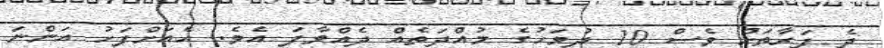
ދެ ފަރާތަށް ވެސް 10 ދުވަހުގެ މުއްދަތެއް ދެއްވާފަ އެވެ. އެއަށްފަހު އަންނަ